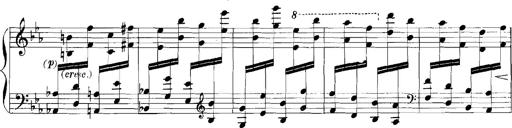
Title: Rhapsodies hongroises
Composer: Franz Liszt